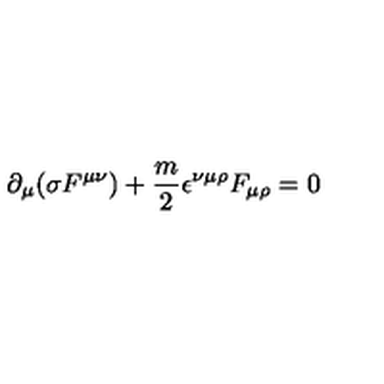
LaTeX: \partial _ { \mu } ( \sigma F ^ { \mu \nu } ) + \frac { m } { 2 } \epsilon ^ { \nu \mu \rho } F _ { \mu \rho } = 0